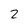
Character: 2